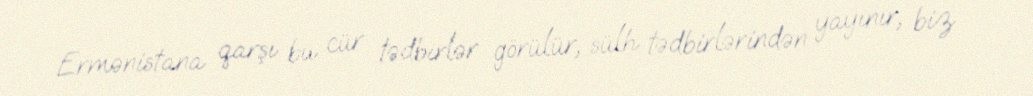
Ermənistana qarşı bu cür tədbirlər görülür, sülh tədbirlərindən yayınır, biz